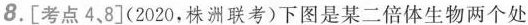
8.[考点4、8]（2020，株洲联考）下图是某二倍体生物两个处